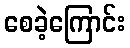
စေခဲ့ကြောင်း